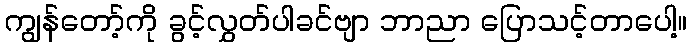
ကျွန်တော့်ကို ခွင့်လွှတ်ပါခင်ဗျာ ဘာညာ ပြောသင့်တာပေါ့။